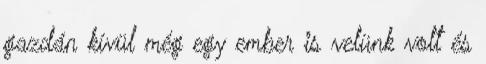
gazdán kívül még egy ember is velünk volt és